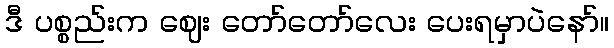
ဒီ ပစ္စည်းက ဈေး တော်တော်လေး ပေးရမှာပဲနော်။